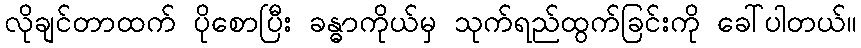
လိုချင်တာထက် ပိုစောပြီး ခန္ဓာကိုယ်မှ သုက်ရည်ထွက်ခြင်းကို ခေါ်ပါတယ်။